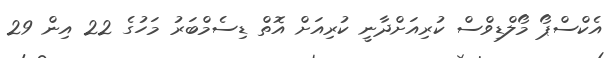
އެކްސްޕޯ މޯލްޑިވްސް ކުރިއަށްދާނީ ކުރިއަށް އޮތް ޑިސެމްބަރު މަހުގެ 22 އިން 29